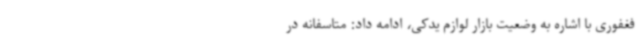
فغفوری با اشاره به وضعیت بازار لوازم یدکی، ادامه داد: متاسفانه در